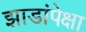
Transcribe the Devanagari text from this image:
झाडांपेक्षा